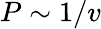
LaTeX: P\sim 1/v